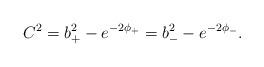
LaTeX: \begin{align*}C^2=b_+^2-e^{-2\phi_+}=b_-^2-e^{-2\phi_-}.\end{align*}